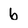
Character: 6